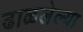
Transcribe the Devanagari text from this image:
ढाळलेल्या